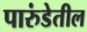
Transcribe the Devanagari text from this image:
पारुंडेतील